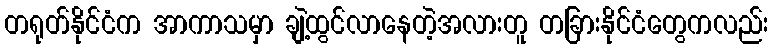
တရုတ်နိုင်ငံက အာကာသမှာ ချဲ့ထွင်လာနေတဲ့အလားတူ တခြားနိုင်ငံတွေကလည်း